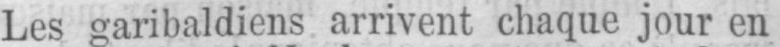
Les garibaldiens arrivent chaque jour en